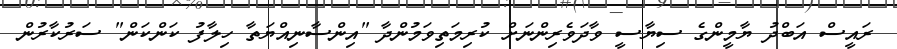
ރައީސް އަބްދު ޔާމީންގެ ސިޔާސީ ވާދަވެރިންނަށް ކުރިމަތިވަމުންދާ "އިންސާނިއްޔަތާ ހިލާފު ކަންކަން" ސަރުކާރުން